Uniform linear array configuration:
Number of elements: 12
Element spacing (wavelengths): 0.25
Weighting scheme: binomial
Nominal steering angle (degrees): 30
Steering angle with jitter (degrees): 30.928
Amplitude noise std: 0.05
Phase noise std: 0.05

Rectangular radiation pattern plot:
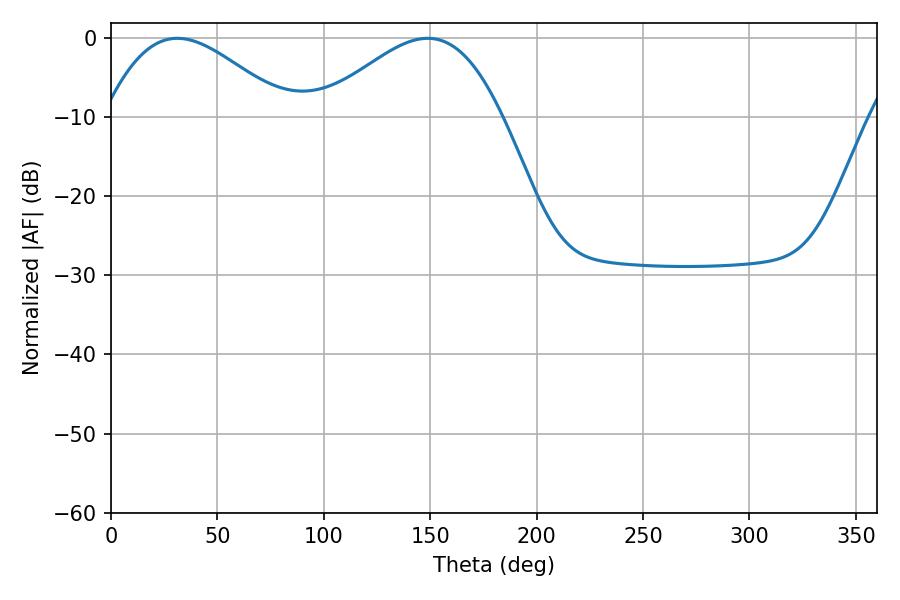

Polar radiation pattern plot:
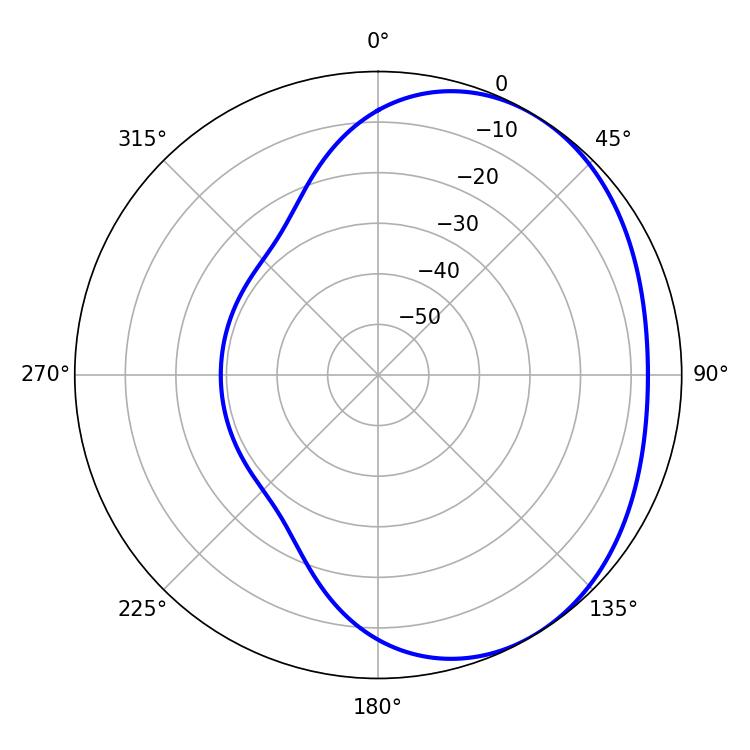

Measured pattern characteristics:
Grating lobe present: FALSE
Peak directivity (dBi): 2.884
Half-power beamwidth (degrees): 46.08
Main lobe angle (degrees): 31.14